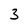
Character: 3